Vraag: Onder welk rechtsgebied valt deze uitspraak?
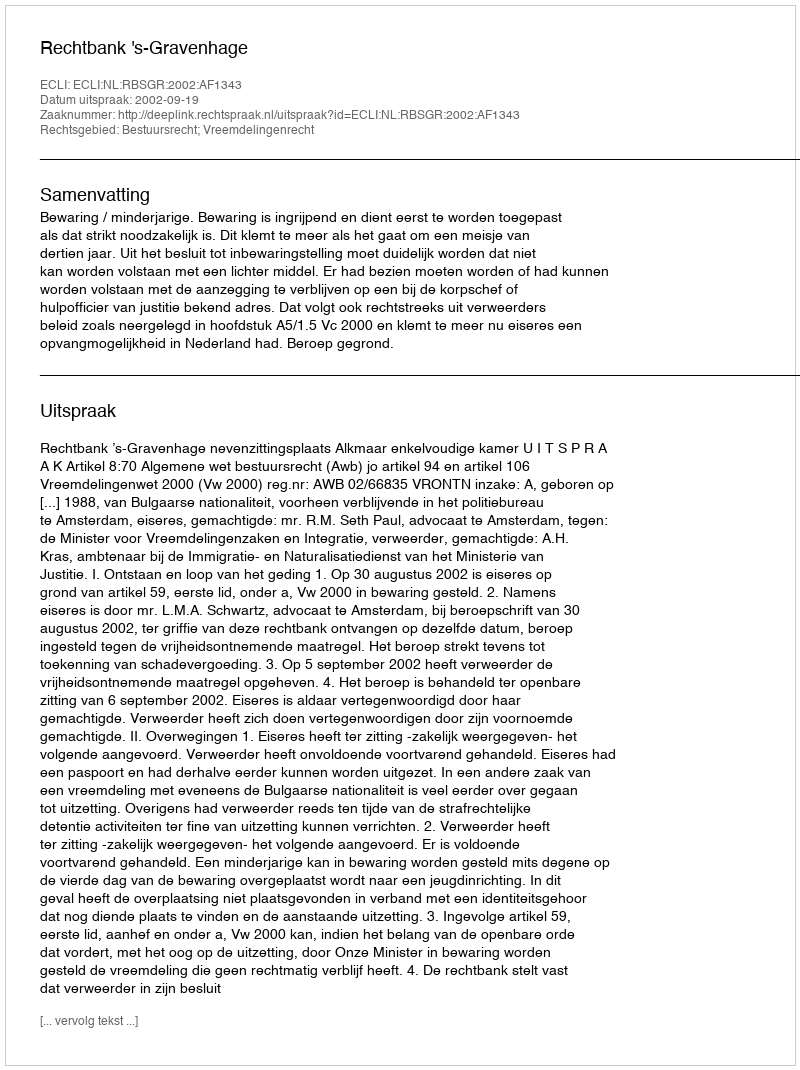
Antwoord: Bestuursrecht; Vreemdelingenrecht